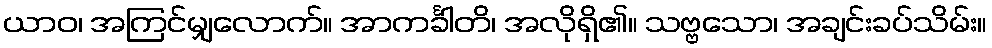
ယာဝ၊ အကြင်မျှလောက်။ အာကင်္ခါတိ၊ အလိုရှိ၏။ သဗ္ဗသော၊ အချင်းခပ်သိမ်း။